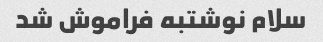
سلام نوشتبه فراموش شد